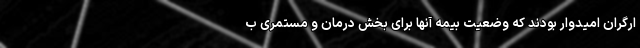
ارگران امیدوار بودند که وضعیت بیمه آنها برای بخش درمان و مستمری ب